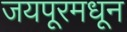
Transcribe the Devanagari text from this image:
जयपूरमधून